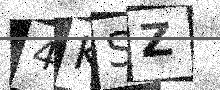
Text: 4KSZ